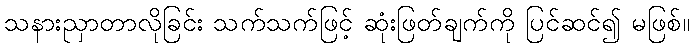
သနားညှာတာလိုခြင်း သက်သက်ဖြင့် ဆုံးဖြတ်ချက်ကို ပြင်ဆင်၍ မဖြစ်။